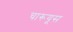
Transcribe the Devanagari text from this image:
चारूयूस